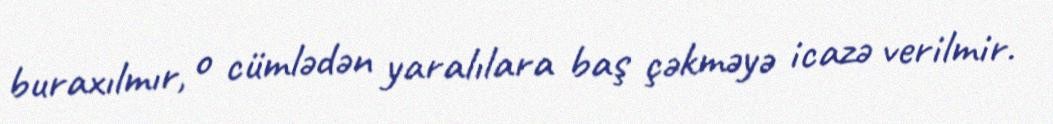
buraxılmır, o cümlədən yaralılara baş çəkməyə icazə verilmir.